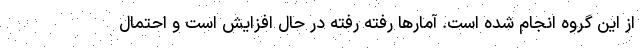
از این گروه انجام شده است. آمارها رفته رفته در حال افزایش است و احتمال